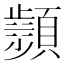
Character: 𩕘